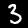
Label: 3